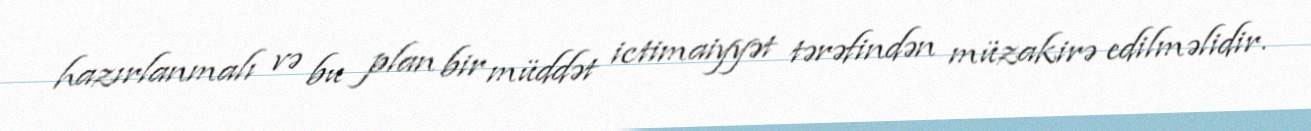
hazırlanmalı və bu plan bir müddət ictimaiyyət tərəfindən müzakirə edilməlidir.